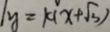
/ y = k ( x + \sqrt { 3 } )